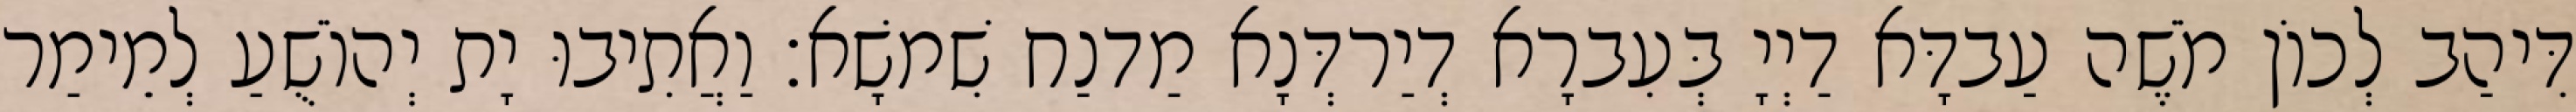
דִּיהַב לְכוֹן מֹשֶׁה עַבדָּא דַיְיָ בְּעִברָא דְיַרדְּנָא מַדנַח שִׁמשָׁא׃ וַאֲתִיבוּ יָת יְהוֹשֻׁעַ לְמֵימַר